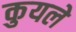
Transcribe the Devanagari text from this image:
कुयले